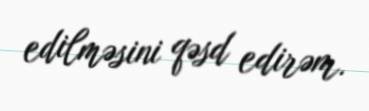
edilməsini qəsd edirəm.